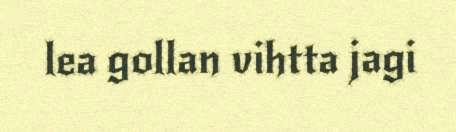
lea gollan vihtta jagi